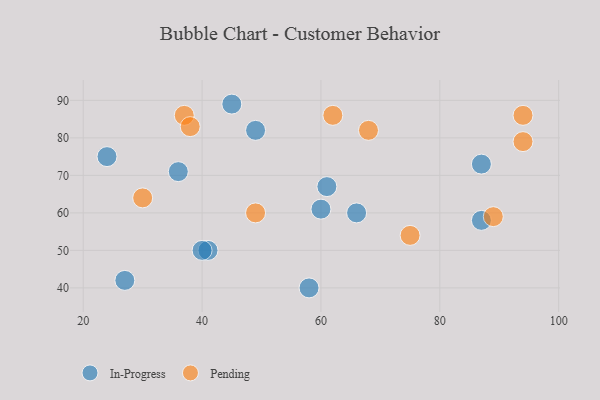
{"axis": {"x": "GDP", "y": "Life Expectancy"}, "legend": ["In-Progress", "Pending"], "data": [{"x": "45", "y": 89, "type": "In-Progress"}, {"x": "87", "y": 73, "type": "In-Progress"}, {"x": "36", "y": 71, "type": "In-Progress"}, {"x": "58", "y": 40, "type": "In-Progress"}, {"x": "49", "y": 82, "type": "In-Progress"}, {"x": "24", "y": 75, "type": "In-Progress"}, {"x": "41", "y": 50, "type": "In-Progress"}, {"x": "40", "y": 50, "type": "In-Progress"}, {"x": "66", "y": 60, "type": "In-Progress"}, {"x": "27", "y": 42, "type": "In-Progress"}, {"x": "61", "y": 67, "type": "In-Progress"}, {"x": "60", "y": 61, "type": "In-Progress"}, {"x": "87", "y": 58, "type": "In-Progress"}, {"x": "89", "y": 59, "type": "Pending"}, {"x": "37", "y": 86, "type": "Pending"}, {"x": "68", "y": 82, "type": "Pending"}, {"x": "62", "y": 86, "type": "Pending"}, {"x": "94", "y": 79, "type": "Pending"}, {"x": "30", "y": 64, "type": "Pending"}, {"x": "94", "y": 86, "type": "Pending"}, {"x": "75", "y": 54, "type": "Pending"}, {"x": "38", "y": 83, "type": "Pending"}, {"x": "49", "y": 60, "type": "Pending"}]}